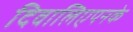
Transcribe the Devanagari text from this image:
दिवालिएपनके